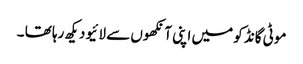
موٹی گانڈ کو میں اپنی آنکھوں سے لائیو دیکھ رہا تھا ۔